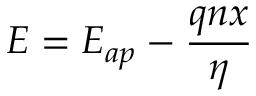
E = E _ { a p } - \frac { q n x } { \eta }